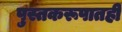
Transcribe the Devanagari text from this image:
पुस्तकरूपातही